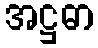
အဋ္ဌဓာ